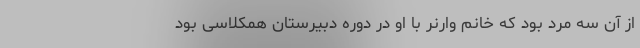
از آن سه مرد بود که خانم وارنر با او در دوره دبیرستان همکلاسی بود